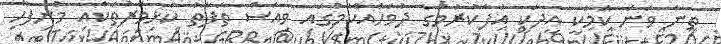
ތިން ވަނަ ކަމަކީ އީދަކީ އުފާކުރުމުގެ ދުވަހެއްކަމުގައި ވިއަސް ތަފާތު ކުޅިވަރުތަކާއި މުނިފޫހި